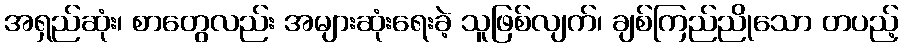
အရှည်ဆုံး၊ စာတွေလည်း အများဆုံးရေးခဲ့ သူဖြစ်လျက်၊ ချစ်ကြည်ညိုသော တပည့်